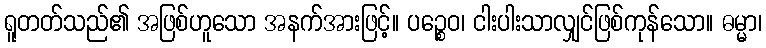
ရူတတ်သည်၏ အဖြစ်ဟူသော အနက်အားဖြင့်။ ပဉ္စေဝ၊ ငါးပါးသာလျှင်ဖြစ်ကုန်သော။ ဓမ္မာ၊